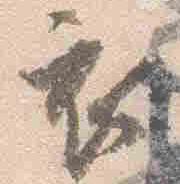
衣